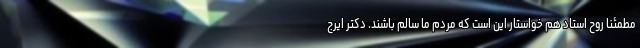
مطمئنا روح استاد هم خواستار این است که مردم ما سالم باشند. دکتر ایرج